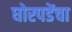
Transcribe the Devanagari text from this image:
घोरपडेंचा